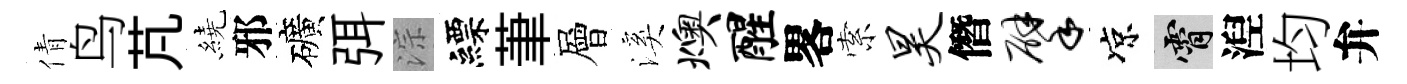
倩鸟芃繞邪礦弭淙縹茟層溪燠醒畧索昊僭擘凉霄湼均弁